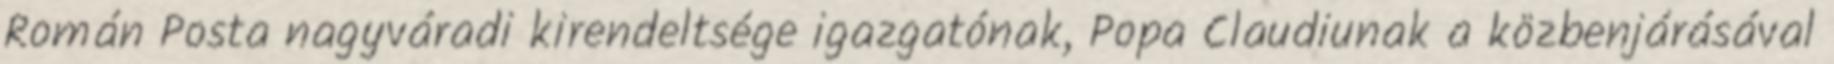
Román Posta nagyváradi kirendeltsége igazgatónak, Popa Claudiunak a közbenjárásával